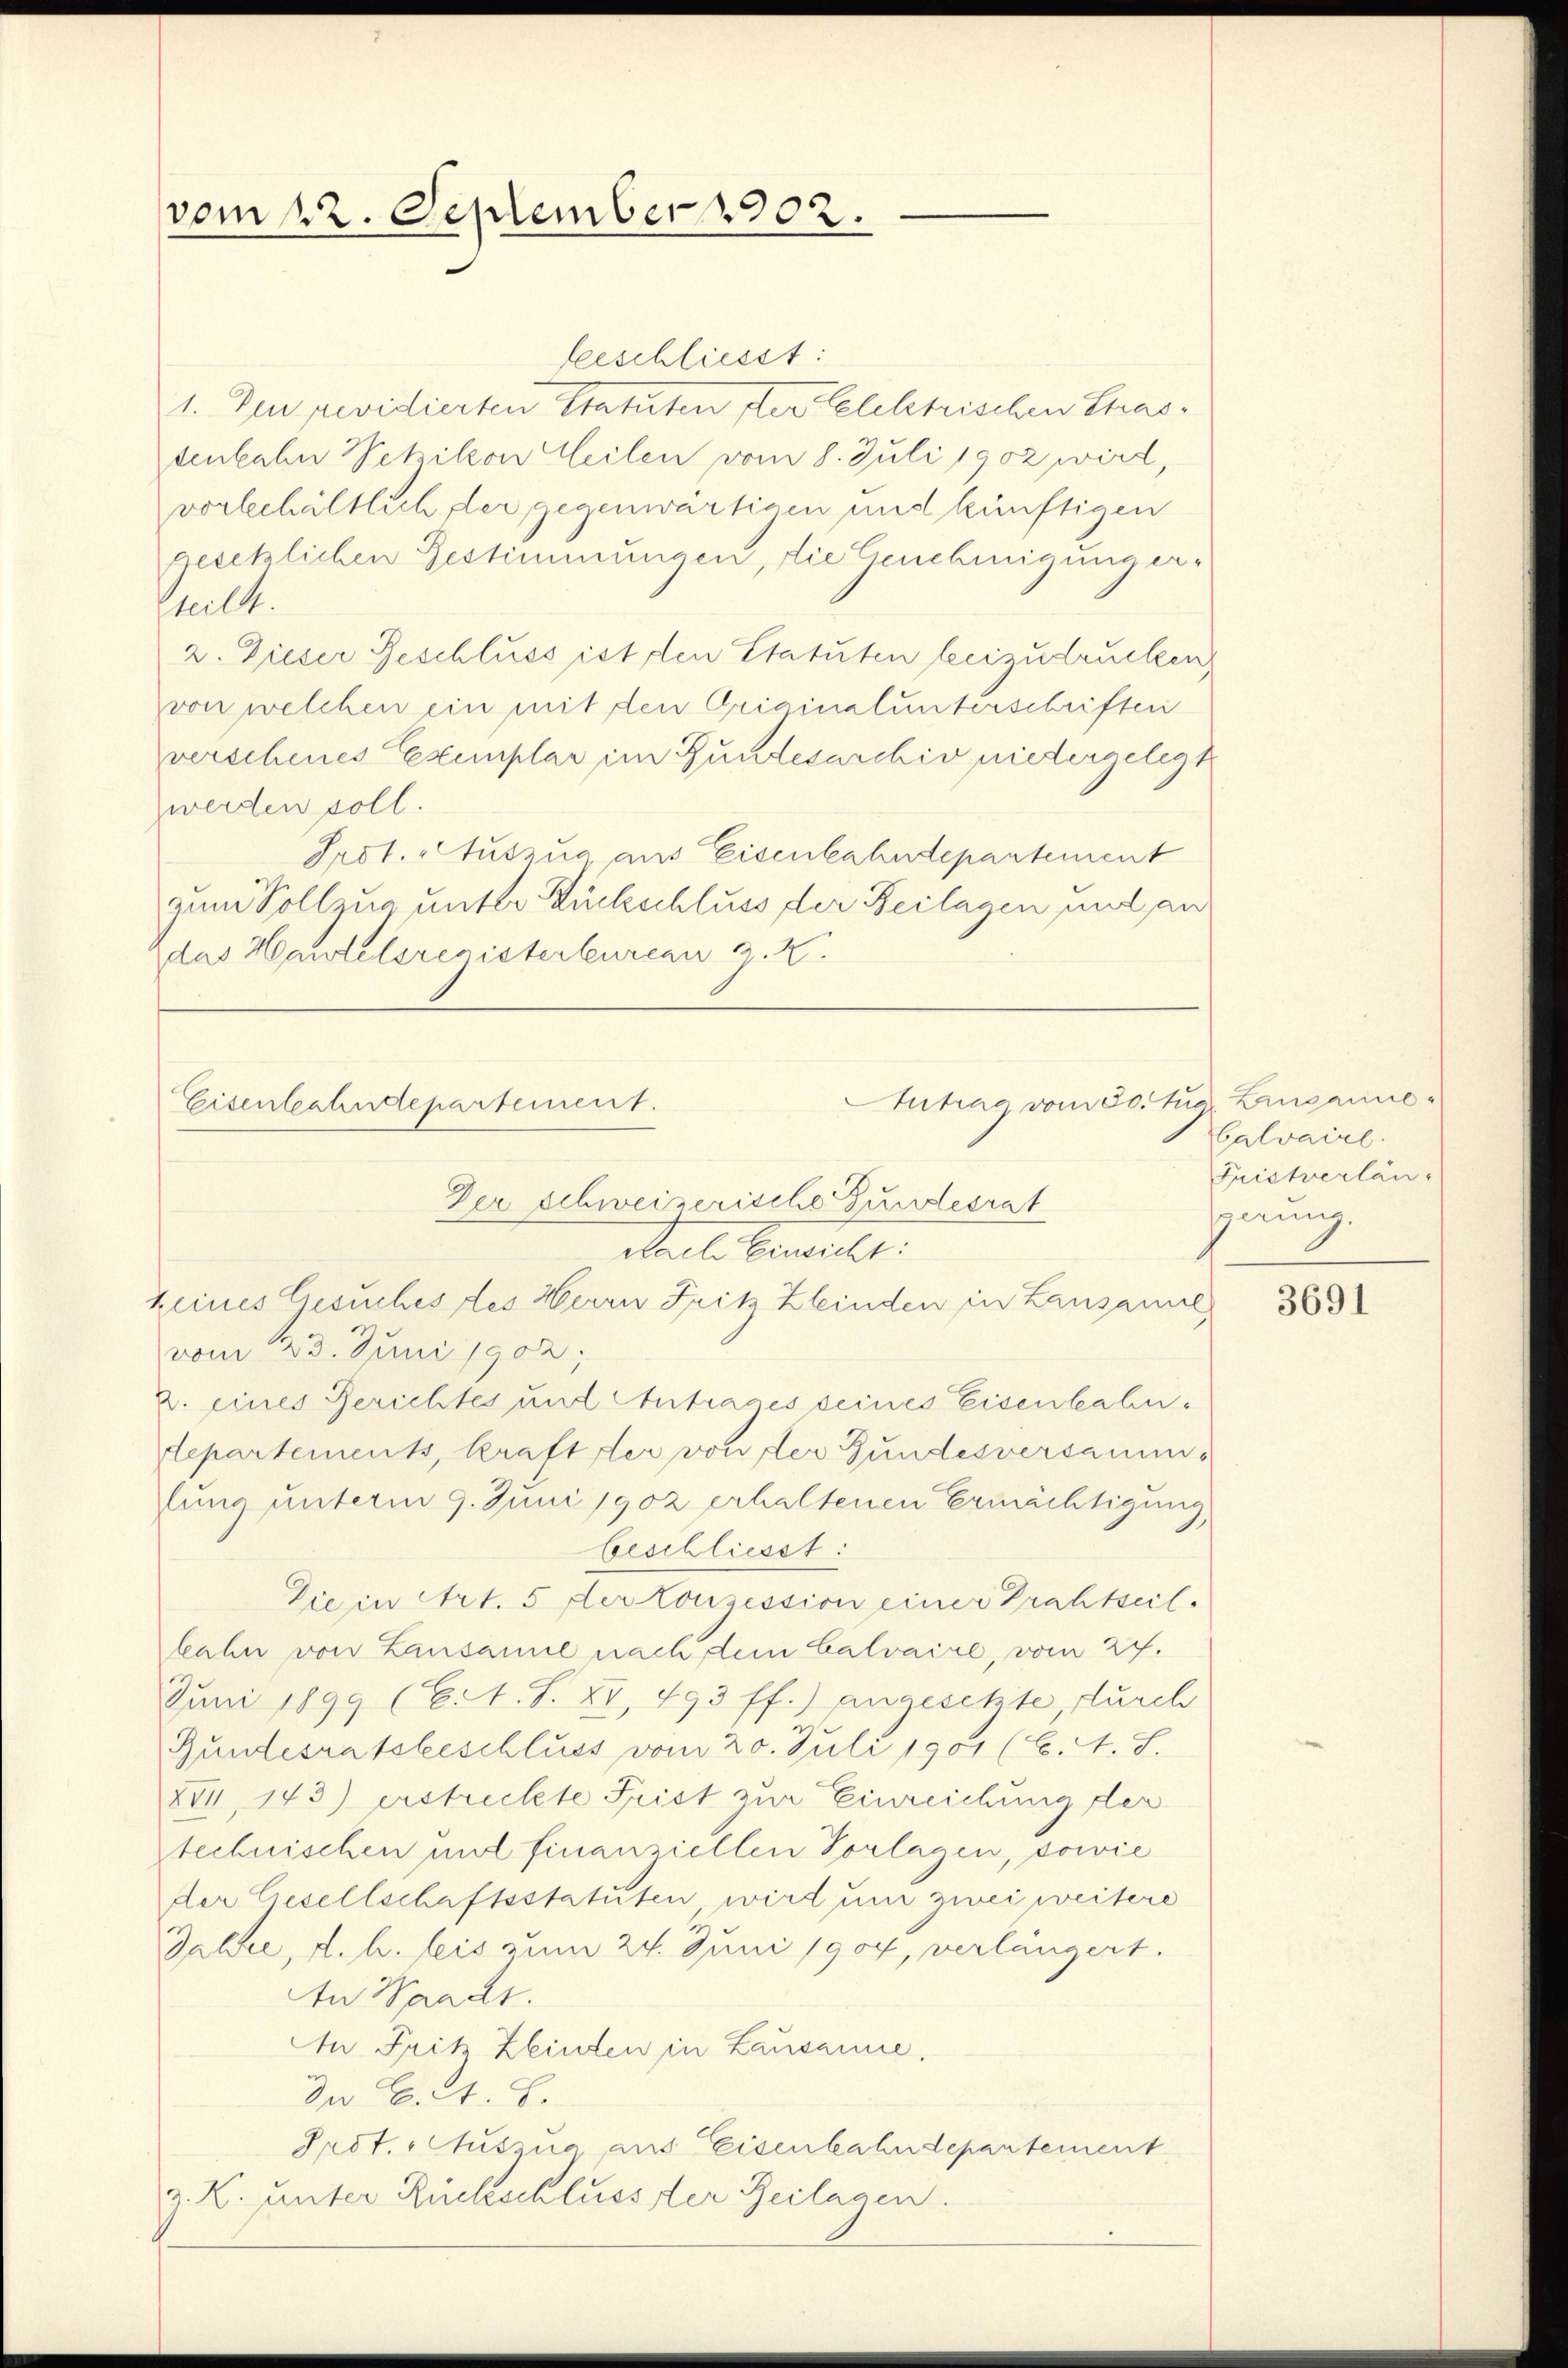
vom 12. September 1902.

beeschliesst:
21. Der revidierten Statuten ster Lelektrischen Strastenbahn Wetzikon eilen vom 8. Juli 1902 wird,
vorbehältlich der gegenwärtigen und künftigen
gesetzlichen Bestimmungen, die Genehmigung erteilt.
2. Dieser Beschluss ist den Statuten beizudrucken
von welchen ein mit den Originalunterschriften
verschenes Exemplar im Bundesarchiv niedergelegt
werden soll.
Prot. Auszug aus Eisenbahndepartement
zum Vollzug unter Rückschluss der Beilagen und an
das Hartelsregisterbureau z. Z.
Autrag vom 30. Aug. Lausanne
Eisenbahndepartement.

Der Schweizerische Gundesrat
Mael. bewill.
keines Gesuches des Herrn Frik Kleinden in Lausame
vom 23. Juni 1902;
2. eines Berichtes und Antrages seines Eisenbahndepartements, kraft der von der Bundesversammlung unterm 9. Juni 1902 erhaltenen Ermächtigung
beschliesst:
Die in Art. 5 der Konzession einer Prahtseil.
bahn von Lausanne nach dem Calvaire, vom 27.
Juni 1899 (C. A. S. XV, 493 ff.) angesetzte, durch
Gundesratsbeschluss vom 20. Juli 1901 (C. A. S.
XVI, 143) erstrickte Frist zur Einreichung der
stechnischen mot finanziellen Vorlagen, sowie
der Gesellschaftsstatuten wird um zwei weitere
Galie, d. h. leis zum 24. Juni 1904, verlangert.
An Waadt.
An Fritz Zeinden in Lausanne,
In C. A. L.
Prot. Auszua, aus Eisenbahndepartement
z. K. unter Rückschlussster Beilagen.

Calvairl.
Fristverlängerung.

3691